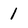
Character: 1